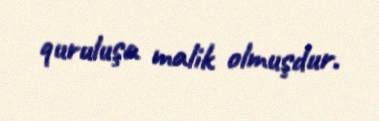
quruluşa malik olmuşdur.